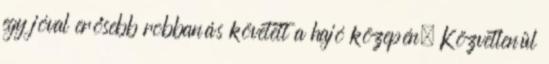
egy jóval erősebb robbanás követett a hajó közepén. Közvetlenül